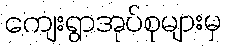
ကျေးရွာအုပ်စုများမှ